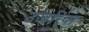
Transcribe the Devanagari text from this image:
उजरिया